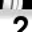
Digit: 2